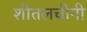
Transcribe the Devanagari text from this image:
शीतलचीनी